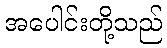
အပေါင်းတို့သည်